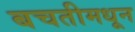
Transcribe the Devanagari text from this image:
बचतीमधून